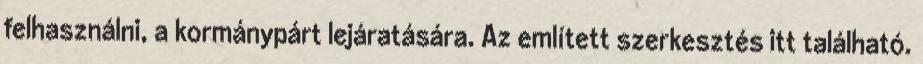
felhasználni, a kormánypárt lejáratására. Az említett szerkesztés itt található.